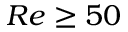
R e \geq 5 0